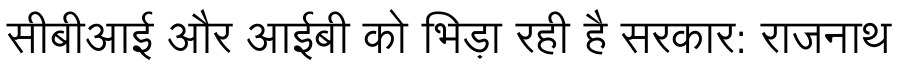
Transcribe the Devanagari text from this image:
सीबीआई और आईबी को भिड़ा रही है सरकार: राजनाथ